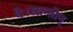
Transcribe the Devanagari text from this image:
थे।स्च्रन्तोन्